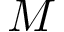
M